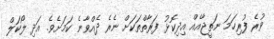
ވުރެ ފުރިހަމަ ނަތީޖާއެއް އިދިކޮޅު ފަރާތްތަކަށް ނެރެ ދެއްވާނެ ކަމަށެވެ. އަދި ލޯކަލް